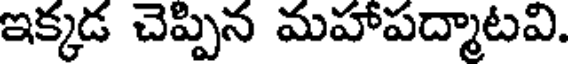
ఇక్కడ చెప్పిన మహాపద్మాటవి.